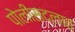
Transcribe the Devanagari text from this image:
पोलीसदलात